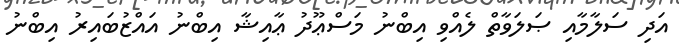
އަދި ސަލާމާއި ޞަލަވާތް ލެއްވި އިބްނު މަސްޢޫދު ޢާއިޝާ އިބްނު އައްޒުބައިރު އިބްނު